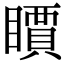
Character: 𥋣